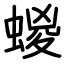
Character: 蝬